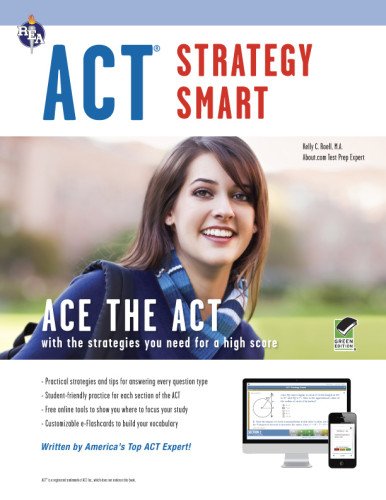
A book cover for ACT Strategy Smart Book + Online (SAT PSAT ACT (College Admission) Prep); Kelly Roell MA; Test Preparation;